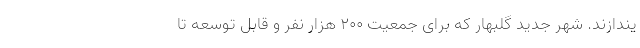
یندازند. شهر جدید گلبهار که برای جمعیت ۲۰۰ هزار نفر و قابل توسعه تا